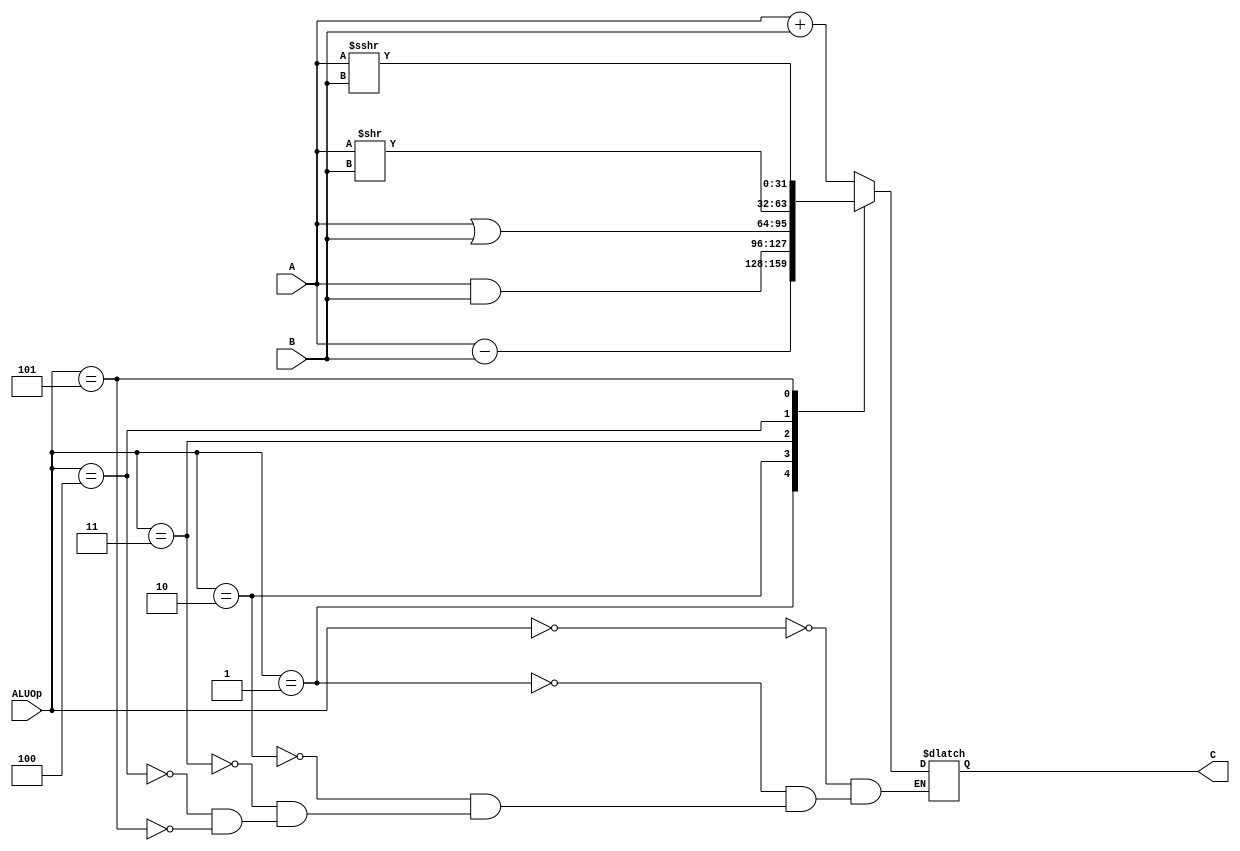
module alu(
    input [31:0] A,
    input [31:0] B,
    input [2:0] ALUOp,
    output [31:0] C);
    
    reg [31:0] ans;
    assign C = ans;

    always @(*) begin
        case (ALUOp)
            3'b000:
                ans = A + B;
            3'b001:
                ans = A - B;
            3'b010:
                ans = A & B;
            3'b011:
                ans = A | B;
            3'b100:
                ans = A >> B;
            3'b101:
                ans = $signed(A) >>> B;
            default:
                ans = ans;
        endcase
    end
endmodule